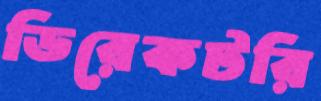
ডিরেকটরি